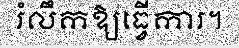
រំលឹកឱ្យធ្វើការ។